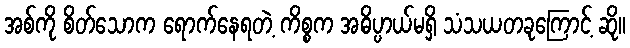
အစ်ကို စိတ်သောက ရောက်နေရတဲ့ ကိစ္စက အဓိပ္ပာယ်မရှိ သံသယတခုကြောင့် ဆို။